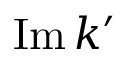
\operatorname { I m } k ^ { \prime }